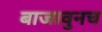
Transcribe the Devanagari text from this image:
बाजावुनच